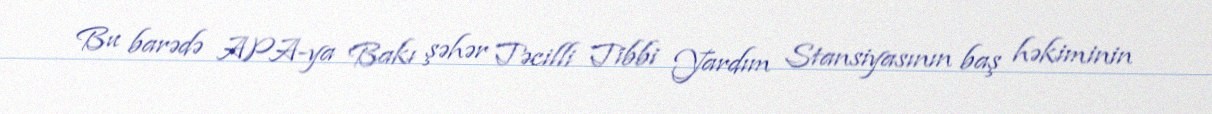
Bu barədə APA-ya Bakı şəhər Təcilli Tibbi Yardım Stansiyasının baş həkiminin